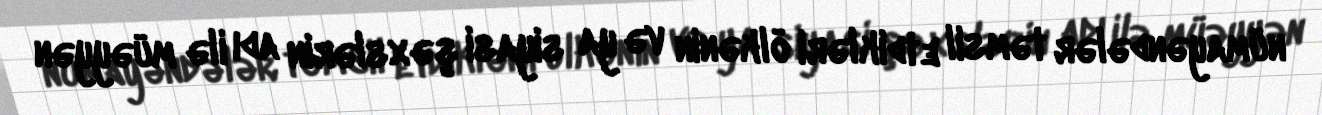
nümayəndələr təmsil etdikləri ölkənin və ya siyasi şəxslərin adı ilə müəyyən